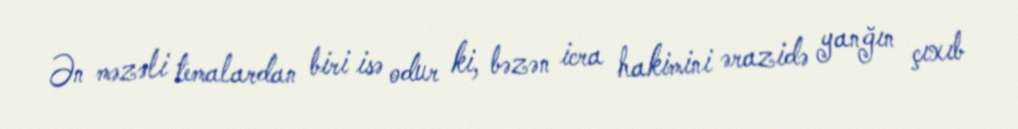
Ən məzəli temalardan biri isə odur ki, bəzən icra hakimini ərazidə yanğın çıxıb